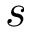
s